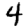
Digit: 4